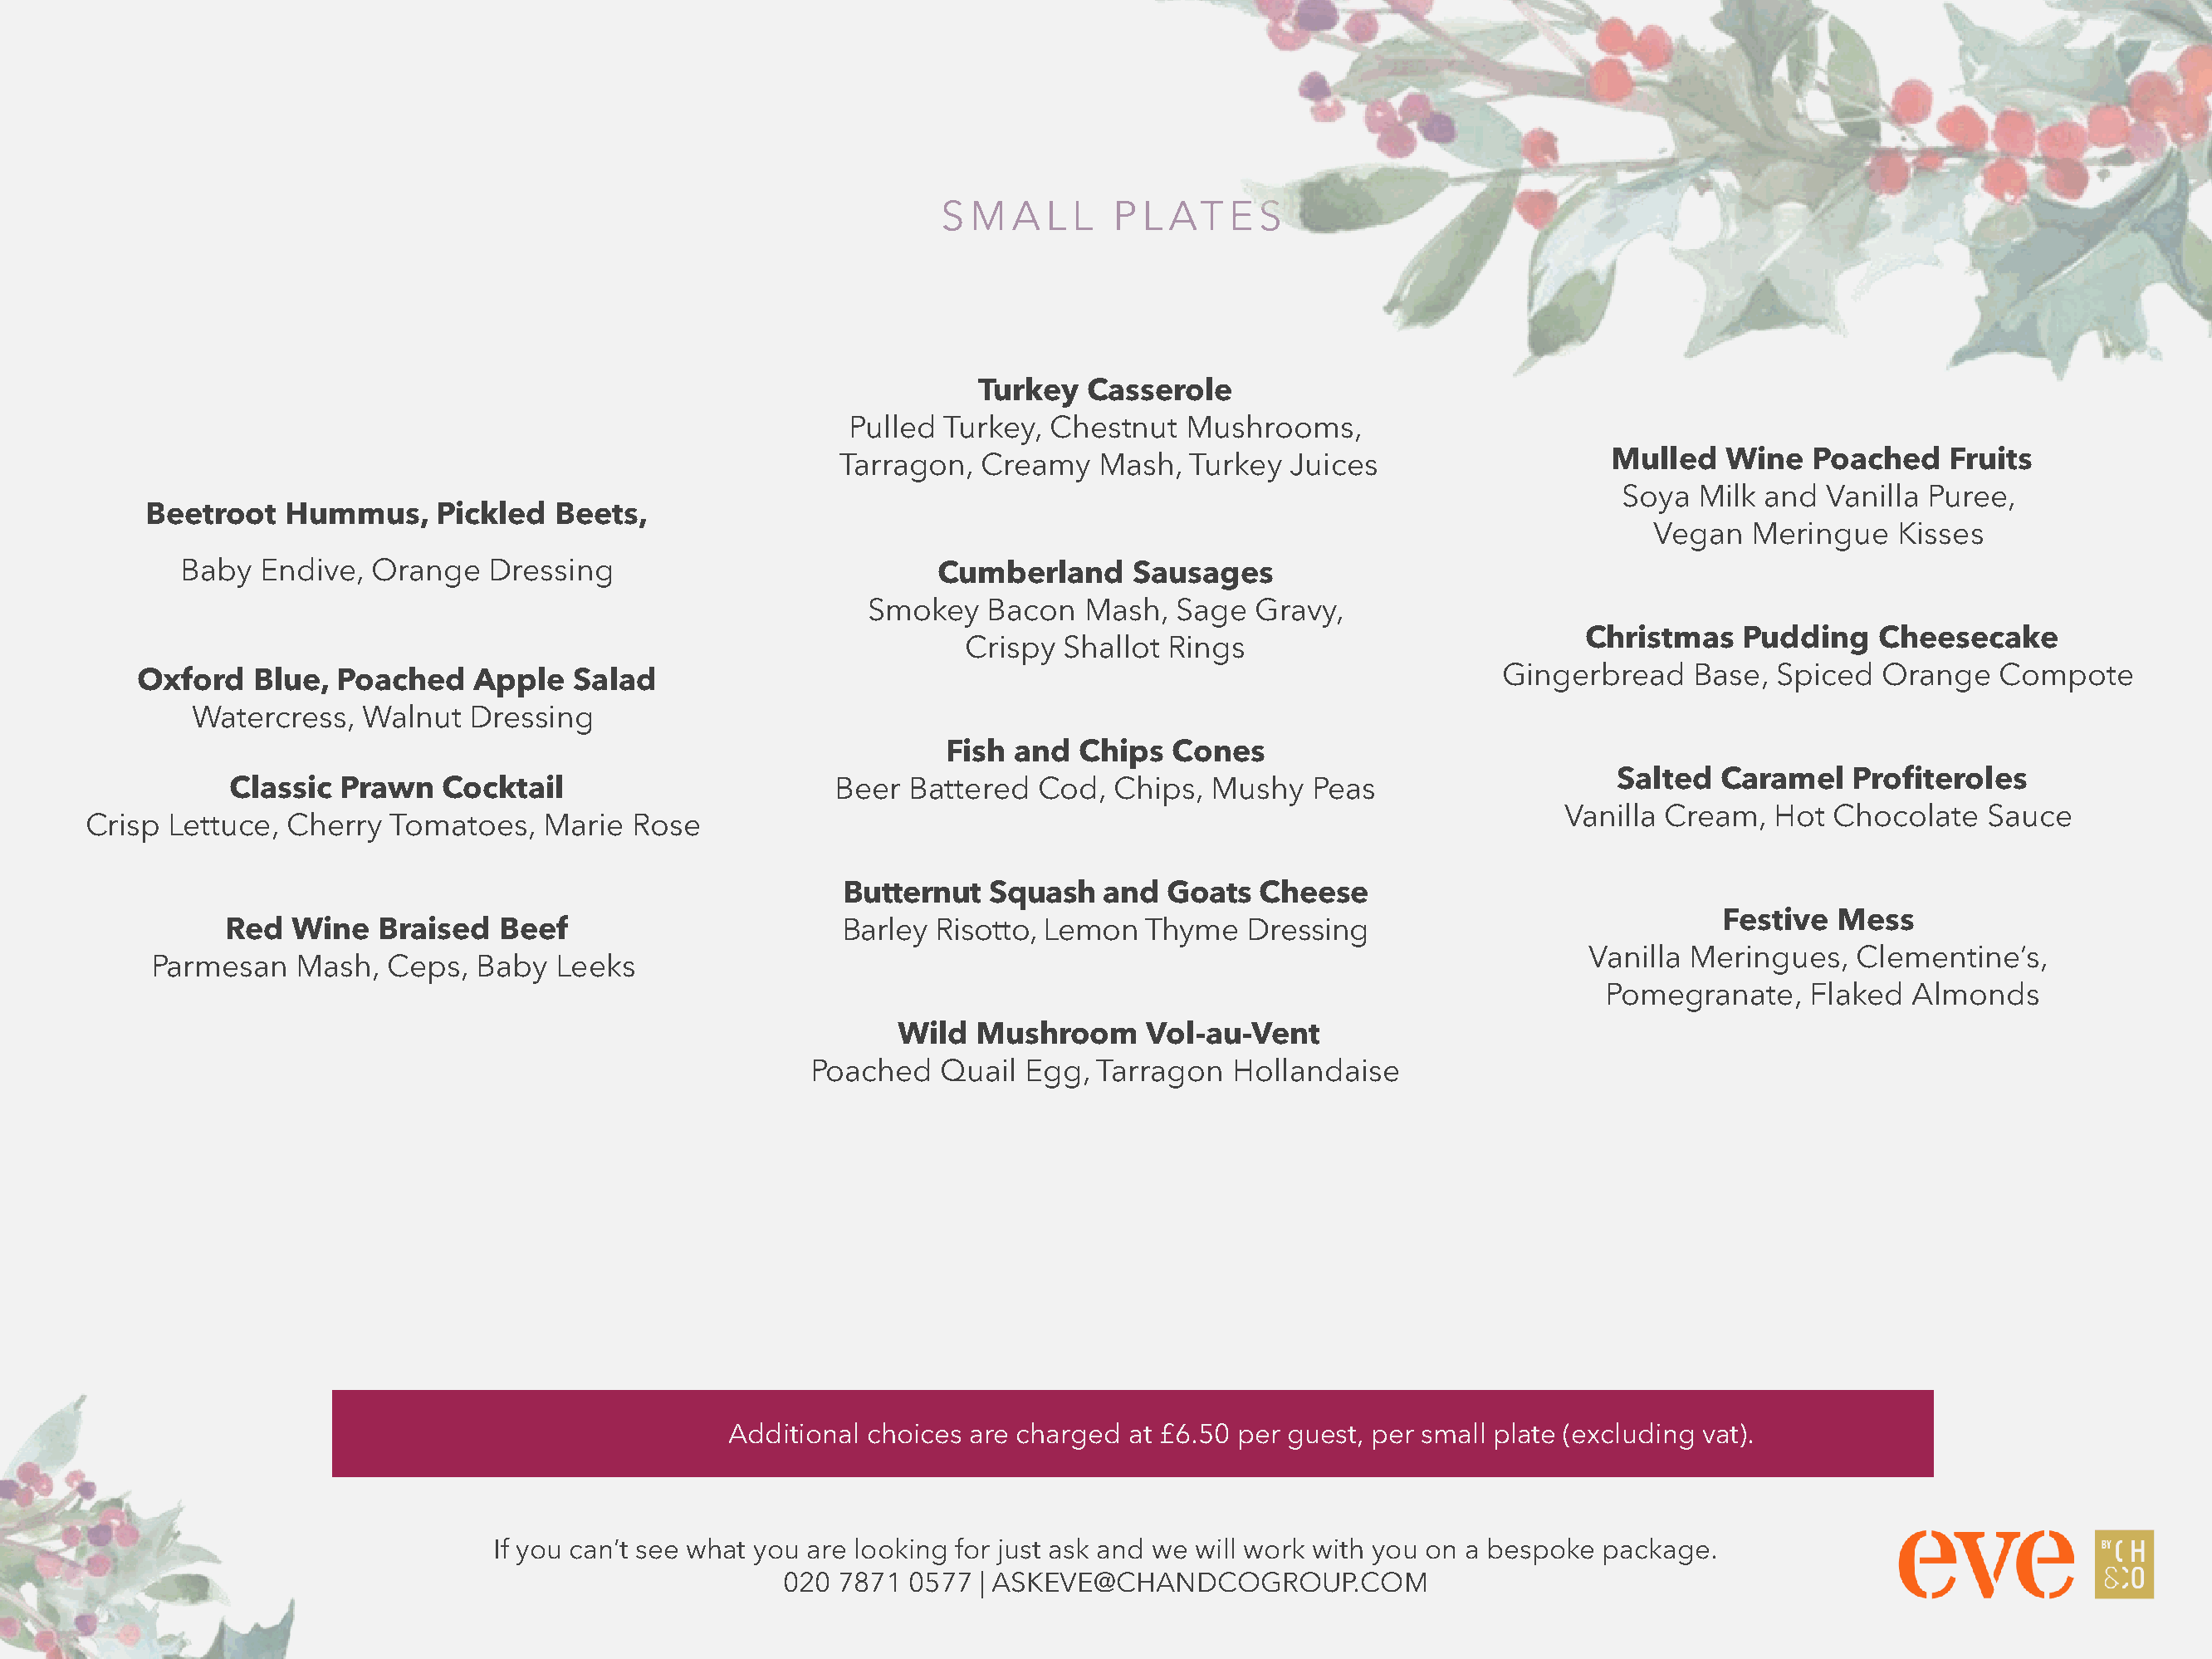
SMALL         PLATES
 Turkey   Casserole
 Pulled Turkey,  Chestnut   Mushrooms,
 Mulled    Wine  Poached    Fruits
 Tarragon,  Creamy    Mash,  Turkey  Juices
 Soya  Milk  and  Vanilla Puree,
 Beetroot   Hummus,     Pickled  Beets,
 Vegan   Meringue   Kisses
 Baby   Endive,  Orange   Dressing                            Cumberland     Sausages
 Smokey    Bacon  Mash,   Sage  Gravy,
 Christmas    Pudding    Cheesecake
 Crispy  Shallot Rings
 Oxford   Blue,  Poached    Apple   Salad                                                                     Gingerbread    Base,  Spiced  Orange   Compote
 Watercress,   Walnut  Dressing
 Fish  and  Chips  Cones
 Salted  Caramel    Profiteroles
 Classic  Prawn   Cocktail                        Beer Battered   Cod,  Chips,  Mushy   Peas
 Vanilla Cream,  Hot  Chocolate   Sauce
 Crisp Lettuce,  Cherry  Tomatoes,   Marie  Rose
 Butternut   Squash   and  Goats  Cheese
 Festive  Mess
 Red  Wine   Braised   Beef                       Barley  Risotto, Lemon  Thyme   Dressing
 Vanilla Meringues,   Clementine’s,
 Parmesan    Mash,  Ceps,  Baby  Leeks
 Pomegranate,    Flaked  Almonds
 Wild  Mushroom     Vol-au-Vent
 Poached   Quail  Egg, Tarragon   Hollandaise
 Additional choices are charged  at £6.50 per guest, per small plate (excluding vat).
 If you can’t see what you are looking for just ask and we will work with you on a bespoke package.
 020  7871 0577  | ASKEVE@CHANDCOGROUP.COM